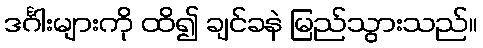
ဒင်္ဂါးများကို ထိ၍ ချင်ခနဲ မြည်သွားသည်။